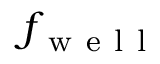
f _ { \mathrm { ~ w ~ e ~ l ~ l ~ } }